Report of the King Institute of Preventive Medicine, Guindy
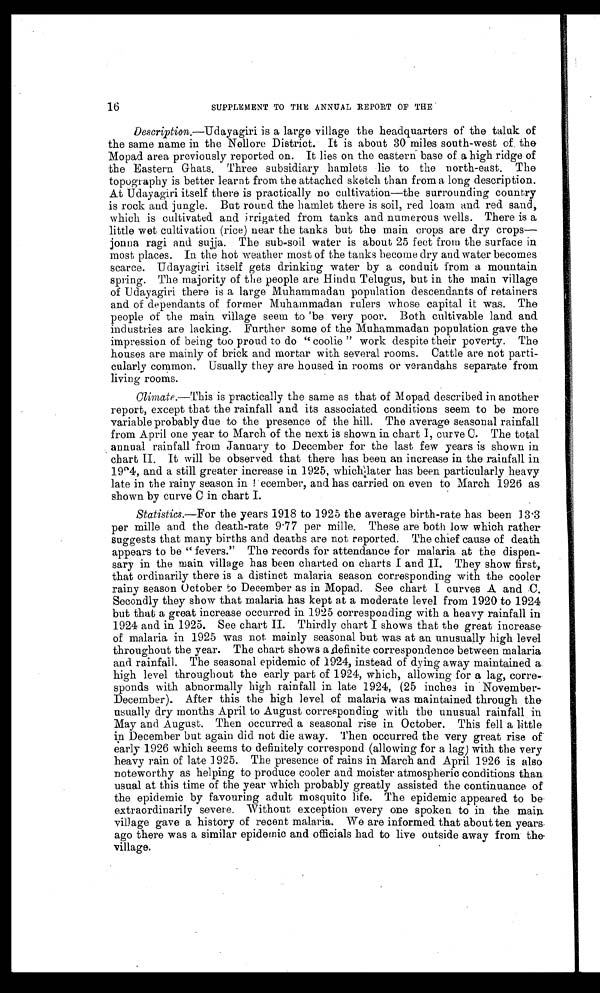
16
SUPPLEMENT TO THE ANNUAL REPORT OF THE
Description.—Udayagiri is a large village the headquarters of the taluk of
the same name in the Nellore District. It is about 30 miles south-west of the
Mopad area previously reported on. It lies on the eastern base of a high ridge of
the Eastern Ghats. Three subsidiary hamlets lie to the north-east. The
topography is better learnt from the attached sketch than from a long description.
At Udayagiri itself there is practically no cultivation—the surrounding country
is rock and jungle. But round the hamlet there is soil, red loam and red sand,
which is cultivated and irrigated from tanks and numerous wells. There is a
little wet cultivation (rice) near the tanks but the main crops are dry crops
— j o n n a r a g i a n d s u j j a . T h e s u b - s o i l w a t e r i s a b o u t 2 5 f e e t f r o m t h e s u r f a c e i n
most places. In the hot weather most of the tanks become dry and water becomes
scarce. Udayagiri itself gets drinking water by a conduit from a mountain
spring. The majority of the people are Hindu Telugus, but in the main village
of Udayagiri there is a large Muhammadan population descendants of retainers
and of dependants of former Muhammadan rulers whose capital it was. The
people of the main village seem to be very poor. Both cultivable land and
industries are lacking. Further some of the Muhammadan population gave the
impression of being too proud to do "coolie" work despite their poverty. The
houses are mainly of brick and mortar with several rooms. Cattle are not parti-
cularly common. Usually they are housed in rooms or verandahs separate from
living rooms.
Climate.—This is practically the same as that of Mopad described in another
report, except that the rainfall and its associated conditions seem to be more
variable probably due to the presence of the hill. The average seasonal rainfall
from April one year to March of the next is shown in chart I, curve C. The total
annual rainfall from January to December for the last few years is shown in
chart II. It will be observed that there has been an increase in the rainfall in
1924, and a still greater increase in 1925, which later has been particularly heavy
late in the rainy season in December, and has carried on even to March 1926 as
shown by curve C in chart I.
Statistics.—For the years 1918 to 1925 the average birth-rate has been 13.3
per mille and the death-rate 9.77 per mille. These are both low which rather
suggests that many births and deaths are not reported. The chief cause of death
appears to be "fevers." The records for attendance for malaria at the dispen-
sary in the main village has been charted on charts I and II. They show first,
that ordinarily there is a distinct malaria season corresponding with the cooler
rainy season October to December as in Mopad. See chart I curves A and C.
Secondly they show that malaria has kept at a moderate level from 1920 to 1924
but that a great increase occurred in 1925 corresponding with a heavy rainfall in
1924 and in 1925. See chart II. Thirdly chart I shows that the great increase
of malaria in 1925 was not mainly seasonal but was at an unusually high level
throughout the year. The chart shows a definite correspondence between malaria
and rainfall. The seasonal epidemic of 1924, instead of dying away maintained a
high level throughout the early part of 1924, which, allowing for a lag, corre-
sponds with abnormally high rainfall in late 1924, (25 inches in November-
December). After this the high level of malaria was maintained through the
usually dry months April to August corresponding with the unusual rainfall in
May and August. Then occurred a seasonal rise in October. This fell a little
in December but again did not die away. Then occurred the very great rise of -
early 1926 which seems to definitely correspond (allowing for a lag) with the very
heavy rain of late 1925. The presence of rains in March and April 1926 is also
noteworthy as helping to produce cooler and moister atmospheric conditions than
usual at this time of the year which probably greatly assisted the continuance of
the epidemic by favouring adult mosquito life. The epidemic appeared to be
extraordinarily severe. Without exception every one spoken to in the main
village gave a history of recent malaria. We are informed that about ten years
ago there was a similar epidemic and officials had to live outside away from the
village.